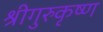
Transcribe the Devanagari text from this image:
श्रीगुरुकृष्ण